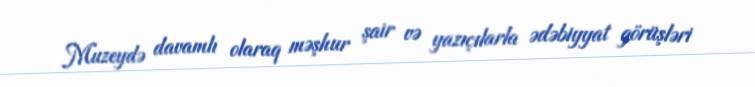
Muzeydə davamlı olaraq məşhur şair və yazıçılarla ədəbiyyat görüşləri